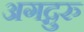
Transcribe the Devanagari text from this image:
अगद्गुरु